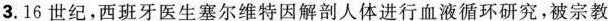
3.16世纪，西班牙医生塞尔维特因解剖人体进行血液循环研究，被宗教